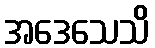
အဒေသေသိ